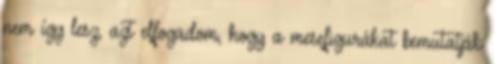
nem így lesz, azt elfogadom, hogy a mesefigurákat bemutatják